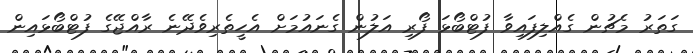
ގަތަރު މެޗުން ގެއްލިފައިވާ ފުޓްބޯޅަ ފޯރި އަލުން ގެނައުމަށް އެހީތެރިވެދޭނެ ރާއްޖޭގެ ފުޓްބޯޅައިން